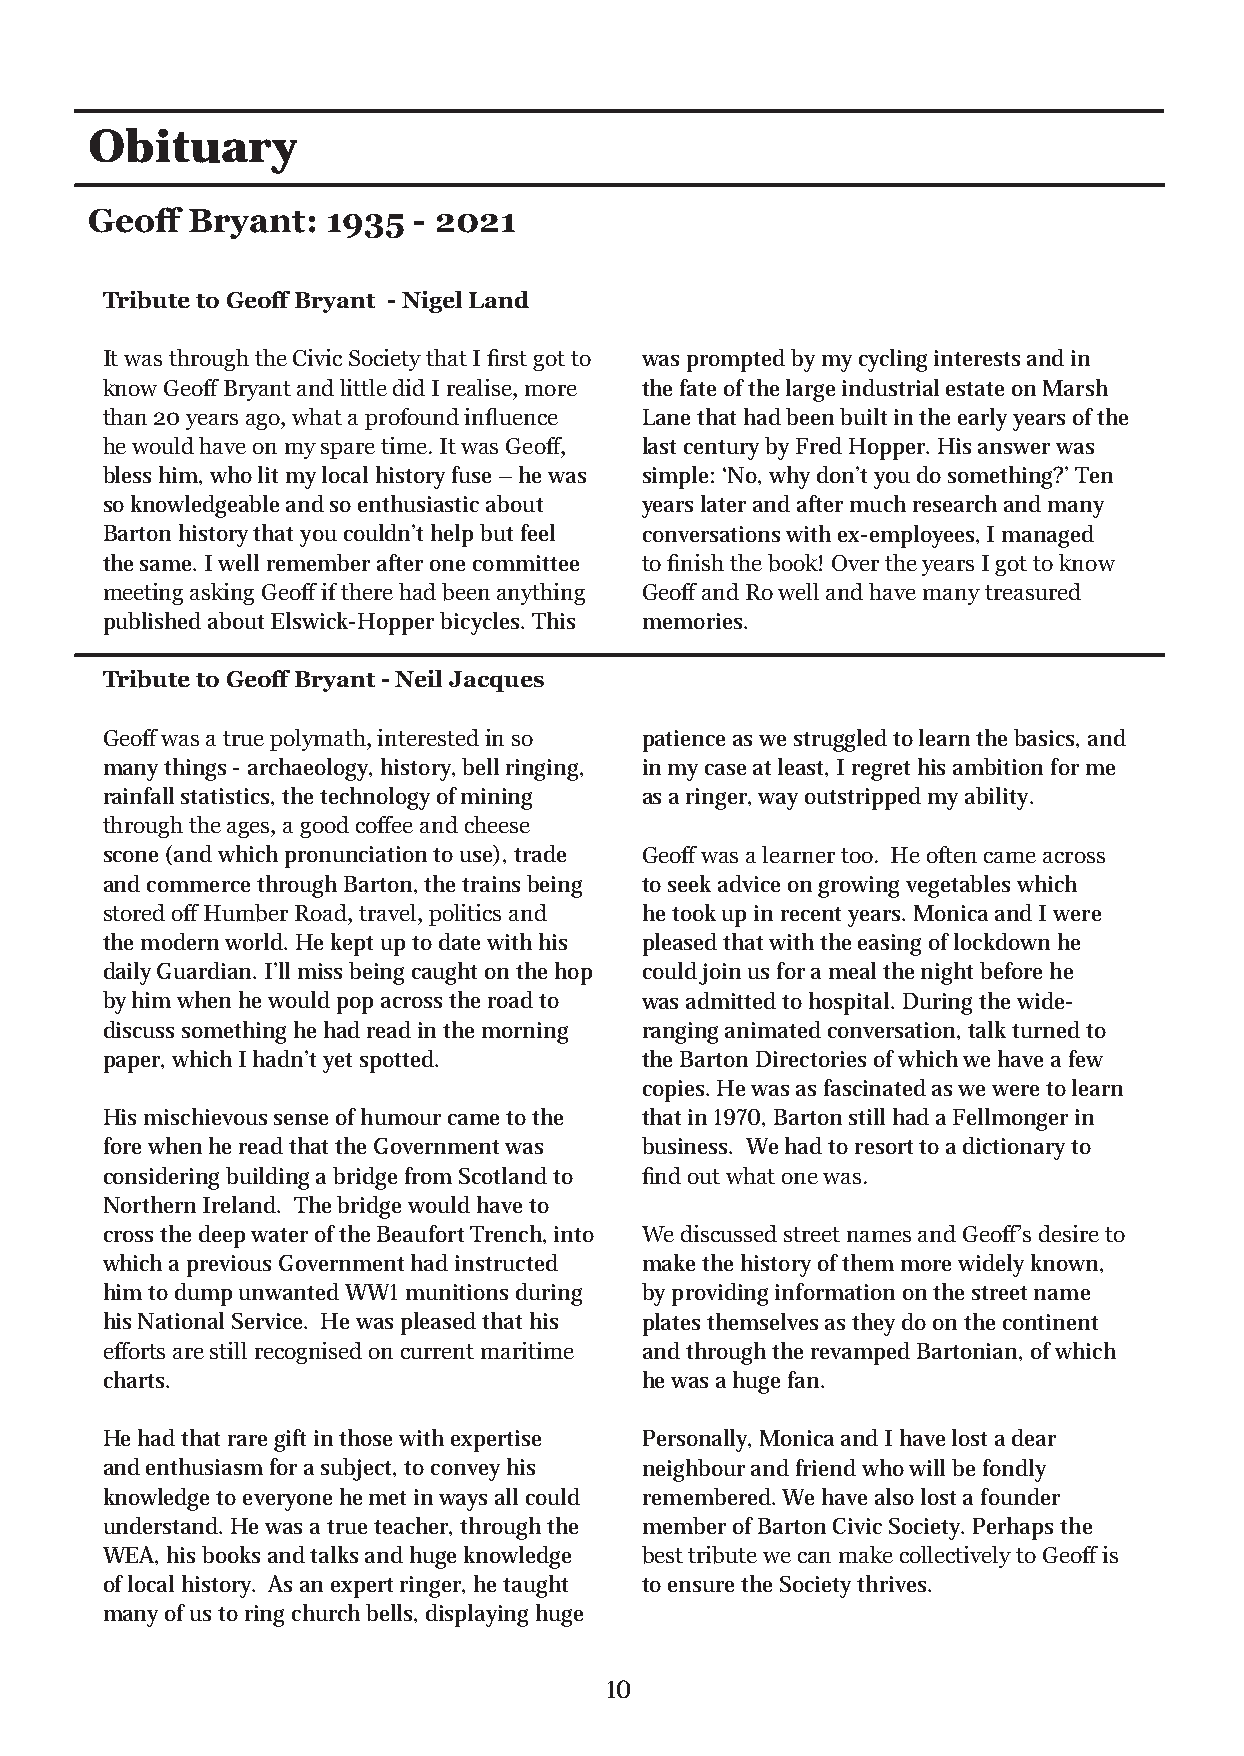
Obituary
 Geoff Bryant:  1935  - 2021
 Tribute to Geoff Bryant - Nigel Land
 It was through the Civic Society that I first got to was prompted by my cycling interests and in
 know Geoff Bryant and little did I realise, more the fate of the large industrial estate on Marsh
 than 20 years ago, what a profound influence Lane that had been built in the early years of the
 he would have on my spare time. It was Geoff, last century by Fred Hopper. His answer was
 bless him, who lit my local history fuse – he was simple: ‘No, why don’t you do something?’ Ten
 so knowledgeable and so enthusiastic about years later and after much research and many
 Barton history that you couldn’t help but feel conversations with ex-employees, I managed
 the same. I well remember after one committee to finish the book! Over the years I got to know
 meeting asking Geoff if there had been anything Geoff and Ro well and have many treasured
 published about Elswick-Hopper bicycles. This memories.
 Tribute to Geoff Bryant - Neil Jacques
 Geoff was a true polymath, interested in so patience as we struggled to learn the basics, and
 many things - archaeology, history, bell ringing, in my case at least, I regret his ambition for me
 rainfall statistics, the technology of mining as a ringer, way outstripped my ability.
 through the ages, a good coffee and cheese
 scone (and which pronunciation to use), trade Geoff was a learner too. He often came across
 and commerce through Barton, the trains being to seek advice on growing vegetables which
 stored off Humber Road, travel, politics and he took up in recent years. Monica and I were
 the modern world. He kept up to date with his pleased that with the easing of lockdown he
 daily Guardian. I’ll miss being caught on the hop could join us for a meal the night before he
 by him when he would pop across the road to was admitted to hospital. During the wide-
 discuss something he had read in the morning ranging animated conversation, talk turned to
 paper, which I hadn’t yet spotted. the Barton Directories of which we have a few
 copies. He was as fascinated as we were to learn
 His mischievous sense of humour came to the that in 1970, Barton still had a Fellmonger in
 fore when he read that the Government was business. We had to resort to a dictionary to
 considering building a bridge from Scotland to find out what one was.
 Northern Ireland. The bridge would have to
 cross the deep water of the Beaufort Trench, into We discussed street names and Geoff’s desire to
 which a previous Government had instructed make the history of them more widely known,
 him to dump unwanted WW1 munitions during by providing information on the street name
 his National Service. He was pleased that his plates themselves as they do on the continent
 efforts are still recognised on current maritime and through the revamped Bartonian, of which
 charts.                            he was a huge fan.
 He had that rare gift in those with expertise Personally, Monica and I have lost a dear
 and enthusiasm for a subject, to convey his neighbour and friend who will be fondly
 knowledge to everyone he met in ways all could remembered. We have also lost a founder
 understand. He was a true teacher, through the member of Barton Civic Society. Perhaps the
 WEA, his books and talks and huge knowledge best tribute we can make collectively to Geoff is
 of local history. As an expert ringer, he taught to ensure the Society thrives.
 many of us to ring church bells, displaying huge
 10
 mixam - Assets Server on 2021-06-21, 17:06 order: 623181
 ]mm0.792
 X
 mm0.012[
 fdp.degrem
 :eliF
 -
 kcaB
 01
 :teehS